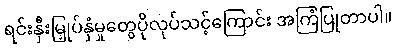
ရင်းနှီးမြှုပ်နှံမှုတွေပိုလုပ်သင့်ကြောင်း အကြံပြုတာပါ။